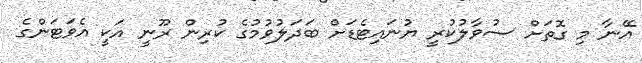
އޭނާ މި ގޮތަށް ސުވާލުކުރީ ޔުނައިޓެޑަށް ބަދަލުވުމުގެ ކުރިން ރޫނީ އަކީ އެވަޓަންގެ